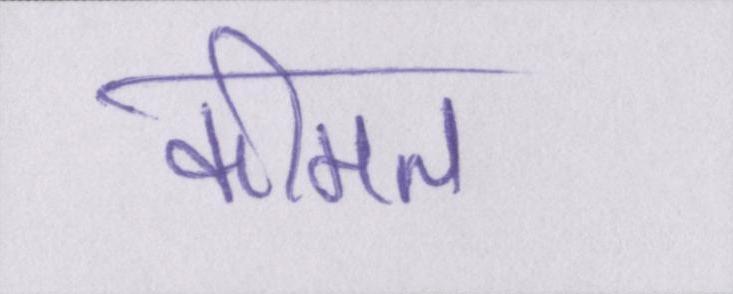
कीमत